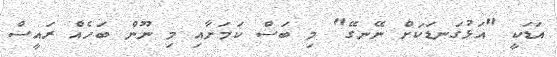
އަޑަކީ "އަޅުގަނޑަކަށް ނޭނގޭ" މި ބަސް ކަމަށާއި މި ނޫން ބަހެއް ރައީސް